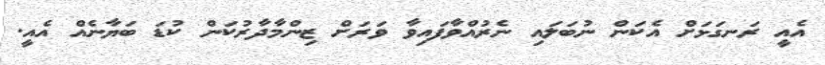
އެއީ ރަނގަޅަށް އެކަން ނުބަލައި ނެރުއްވާފައިވާ ވަރަށް ޒިންމާދާރުކަން ކުޑަ ބަޔާނެއް އެއީ.